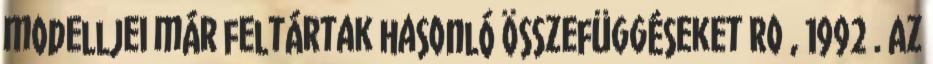
modelljei már feltártak hasonló összefüggéseket Roﬀ, 1992 . Az